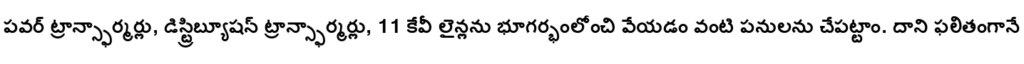
పవర్ ట్రాన్స్ఫార్మర్లు, డిస్ట్రిబ్యూషన్ ట్రాన్స్ఫార్మర్లు, 11 కేవీ లైన్లను భూగర్భంలోంచి వేయడం వంటి పనులను చేపట్టాం. దాని ఫలితంగానే